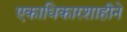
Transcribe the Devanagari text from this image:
एकाधिकारशाहीने